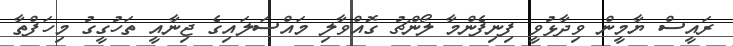
ރައީސް ޔާމީން ވިދާޅުވީ ފިނިފެންމާ ލޯންޗު ގޮއްވާލި މައްސަލައިގެ ޖިނާއީ ތަހުގީގު މިހަފްތާ